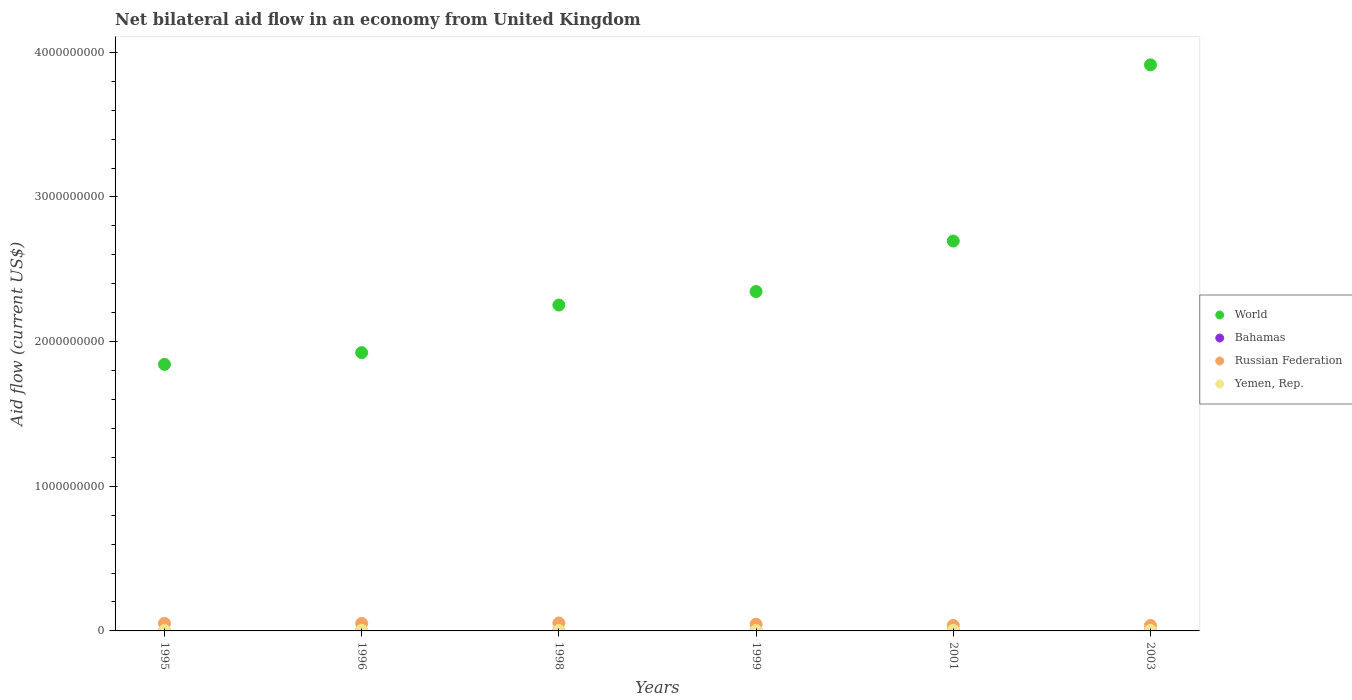
| Years | World | Bahamas | Russian Federation | Yemen, Rep. |
 | --- | --- | --- | --- | --- |
 | 1995 | 1.84e+09 | 7e+04 | 5.23e+07 | 2.44e+06 |
 | 1996 | 1.92e+09 | 1.6e+05 | 5.18e+07 | 3.36e+06 |
 | 1998 | 2.25e+09 | 2e+04 | 5.48e+07 | 2.13e+06 |
 | 1999 | 2.35e+09 | 3e+04 | 4.62e+07 | 1.76e+06 |
 | 2001 | 2.7e+09 | 4e+04 | 3.83e+07 | 3.33e+06 |
 | 2003 | 3.91e+09 | 2e+04 | 3.79e+07 | 2.87e+06 |